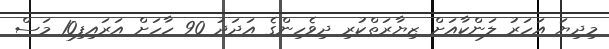
މިދިޔަ އަހަރު ލަންކާއަށް ޒިޔާރަތްކުރި ދިވެހިންގެ އަދަދު 90 ހާހަށް އަރައިފި10 މަސް